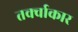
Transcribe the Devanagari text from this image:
तर्क्वाकार